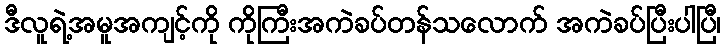
ဒီလူရဲ့အမူအကျင့်ကို ကိုကြီးအကဲခပ်တန်သလောက် အကဲခပ်ပြီးပါပြီ၊